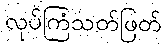
လုပ်ကြံသတ်ဖြတ်